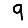
Digit: 9